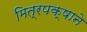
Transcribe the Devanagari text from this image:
मित्रपक्षाने